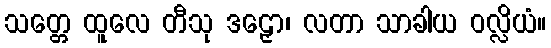
သတ္တေ ထူလေ တီသု ဒဠှော၊ လတာ သာခါယ ဝလ္လိယံ။